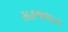
સહજભાવ